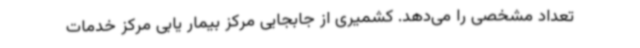
تعداد مشخصی را می‌دهد. کشمیری از جابجایی مرکز بیمار یابی مرکز خدمات